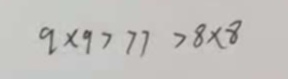
9 \times 9 > 7 7 > 8 \times 8